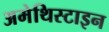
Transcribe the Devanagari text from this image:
अमेथिस्टाइन